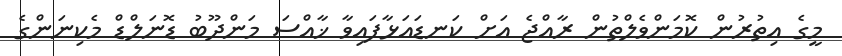
މީގެ އިތުރުން ކޮމަންވެލްތުން ރާއްޖެ އަށް ކަނޑައަޅާފައިވާ ޚާއްސަ މަންދޫބު ޑޮނަލްޑް މެކިނަންގެ